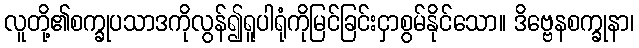
လူတို့၏စက္ခုပသာဒကိုလွန်၍ရူပါရုံကိုမြင်ခြင်းငှာစွမ်နိုင်သော။ ဒိဗ္ဗေနစက္ခုနာ၊